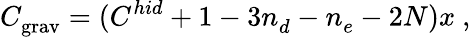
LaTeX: C_{\mathrm{grav}}^{}=(C_{}^{hid}+1-3n_{d}^{}-n_{e}^{}-2N)x\ ,